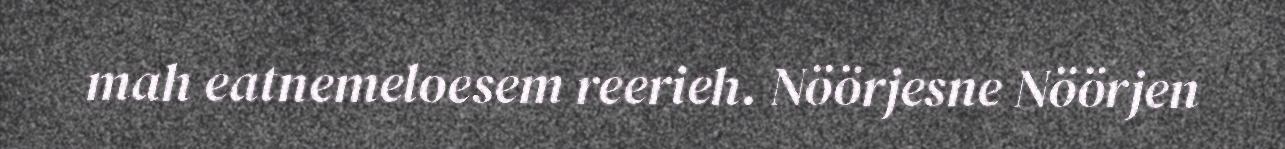
mah eatnemeloesem reerieh. Nöörjesne Nöörjen